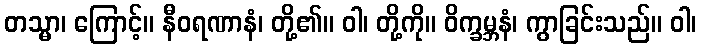
တသ္မာ၊ ကြောင့်။ နီဝရဏာနံ၊ တို့၏။ ဝါ၊ တို့ကို။ ဝိက္ခမ္ဘနံ၊ ကွာခြင်းသည်။ ဝါ၊